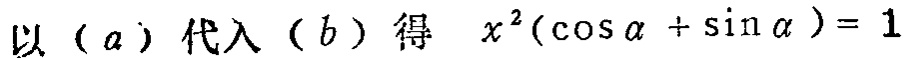
以\((a)\)代入\((b)\)得 \(x^{2}(\cos\alpha +\sin\alpha ) = 1\)